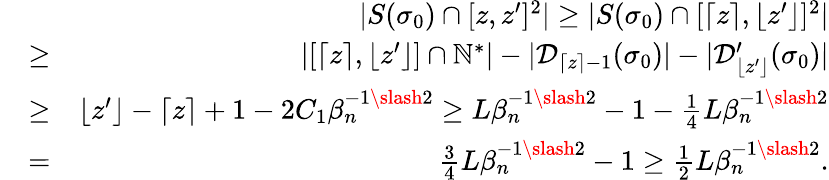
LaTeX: \begin{array}{rlr}&{}&{|S(\sigma_{0})\cap[z,z^{\prime}]^{2}|\geq|S(\sigma_{0})\cap[\lceil z\rceil,\lfloor z^{\prime}\rfloor]^{2}|}\\ &{\geq}&{|[\lceil z\rceil,\lfloor z^{\prime}\rfloor]\cap\mathbb{N}^{*}|-|\mathcal{D}_{\lceil z\rceil-1}(\sigma_{0})|-|\mathcal{D}_{\lfloor z^{\prime}\rfloor}^{\prime}(\sigma_{0})|}\\ &{\geq}&{\lfloor z^{\prime}\rfloor-\lceil z\rceil+1-2C_{1}\beta_{n}^{-1\slash 2}\geq L\beta_{n}^{-1\slash 2}-1-\frac{1}{4}L\beta_{n}^{-1\slash 2}}\\ &{=}&{\frac{3}{4}L\beta_{n}^{-1\slash 2}-1\geq\frac{1}{2}L\beta_{n}^{-1\slash 2}.}\end{array}